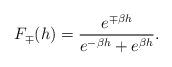
LaTeX: \begin{align*}F_{\mp}(h)=\frac{e^{\mp \beta h}}{e^{-\beta h}+e^{\beta h}}.\end{align*}